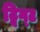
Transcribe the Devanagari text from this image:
ट्विग्ट